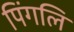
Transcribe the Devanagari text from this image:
पिंगलि